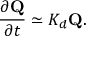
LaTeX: \frac { \partial { \bf Q } } { \partial t } \simeq { \cal K } _ { d } { \bf Q } .